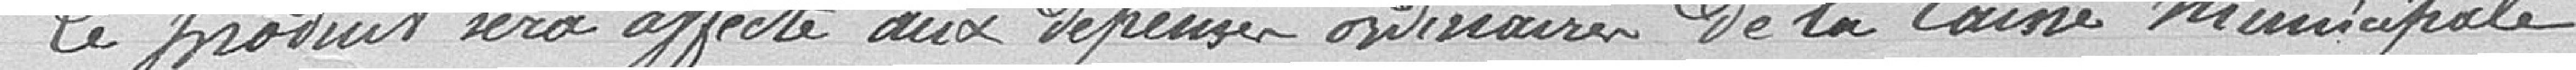
Le produit sera affecté aux dépenses ordinaires de la caisse municipale.